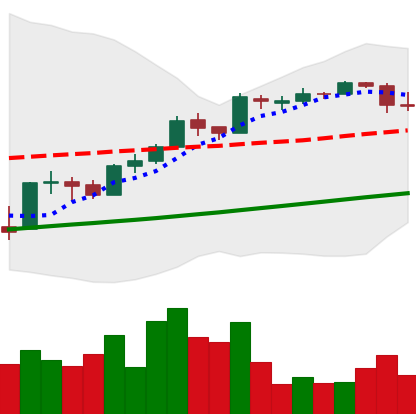
Ticker: BTC-USD
Chart end date: 2017-04-14
Forward return: 3.661%
Label: up_3_5